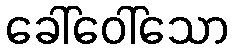
ခေါ်ဝေါ်သော